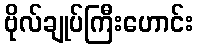
ဗိုလ်ချုပ်ကြီးဟောင်း